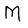
Character: M